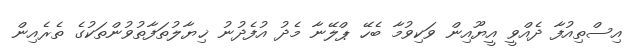
އިސްތިއުފާ ދެއްވީ އީޔޫއިން ވަކިވުމާ ބެހޭ ޕްލޭނާ މެދު އުފެދުނު ޚިޔާލުތަފާތުވުންތަކުގެ ތެރެއިން